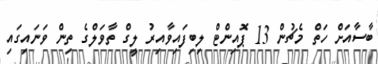
ބާސާއަށް ހަތް މެޗުން 13 ޕޮއިންޓް ލިބިފައިވާއިރު ލީގް ތާވަލްގެ ތިން ވަނައިގައި